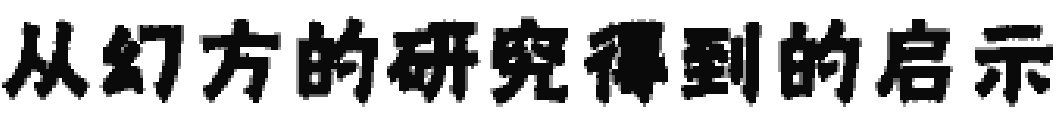
从幻方的研究得到的启示